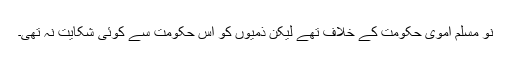
نو مسلم اموی حکومت کے خلاف تھے لیکن ذمیوں کو اس حکومت سے کوئی شکایت نہ تھی۔